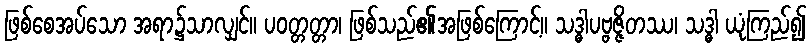
ဖြစ်စေအပ်သော အရာ၌သာလျှင်။ ပဝတ္တတ္တာ၊ ဖြစ်သည်၏အဖြစ်ကြောင့်။ သဒ္ဓါပဗ္ဗဇ္ဇိတဿ၊ သဒ္ဓါ ယုံကြည်၍